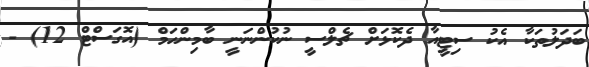
ބަދަލުތަކާ އެކު ސިޓީއާ ދެކޮޅަށް ޗެލްސީ ނުކުންނަނީ ބާމިންހަމް (އޮގަސްޓް 12) -